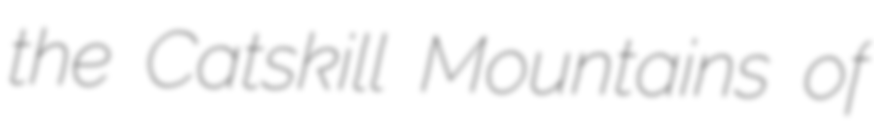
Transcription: the Catskill Mountains of